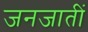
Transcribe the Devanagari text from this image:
जनजातीं